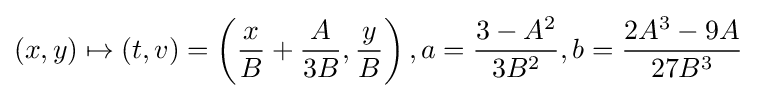
(x,y)\mapsto (t,v)=\left({\frac {x}{B}}+{\frac {A}{3B}},{\frac {y}{B}}\right),a={\frac {3-A^{2}}{3B^{2}}},b={\frac {2A^{3}-9A}{27B^{3}}}